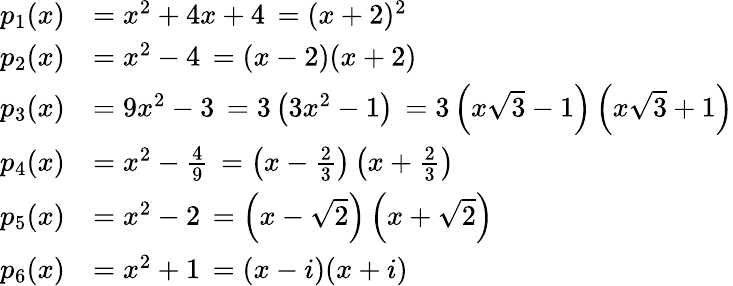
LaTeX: {\begin{array}{rl}{p_{1}(x)}&{=x^{2}+4x+4\, ={(x+2)^{2}}}\\ {p_{2}(x)}&{=x^{2}-4\, ={(x-2)(x+2)}}\\ {p_{3}(x)}&{=9x^{2}-3\, =3\left(3x^{2}-1\right)\, =3\left(x{\sqrt{3}}-1\right)\left(x{\sqrt{3}}+1\right)}\\ {p_{4}(x)}&{=x^{2}-{\frac{4}{9}}\, =\left(x-{\frac{2}{3}}\right)\left(x+{\frac{2}{3}}\right)}\\ {p_{5}(x)}&{=x^{2}-2\, =\left(x-{\sqrt{2}}\right)\left(x+{\sqrt{2}}\right)}\\ {p_{6}(x)}&{=x^{2}+1\, ={(x-i)(x+i)}}\end{array}}